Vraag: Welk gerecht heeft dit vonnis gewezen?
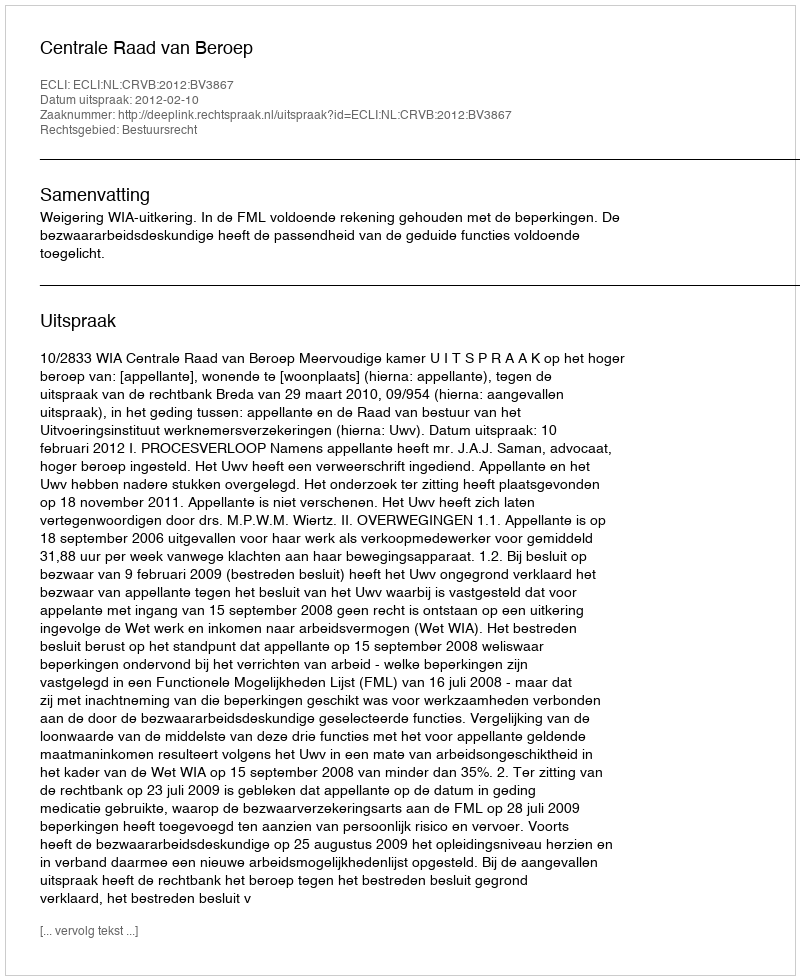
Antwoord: Centrale Raad van Beroep